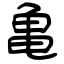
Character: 亀